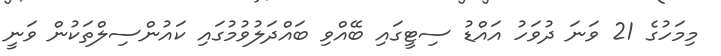
މިމަހުގެ 21 ވަނަ ދުވަހު އައްޑު ސިޓީގައި ބޭއްވި ބައްދަލުވުމުގައި ކައުންސިލްތަކުން ވަނީ